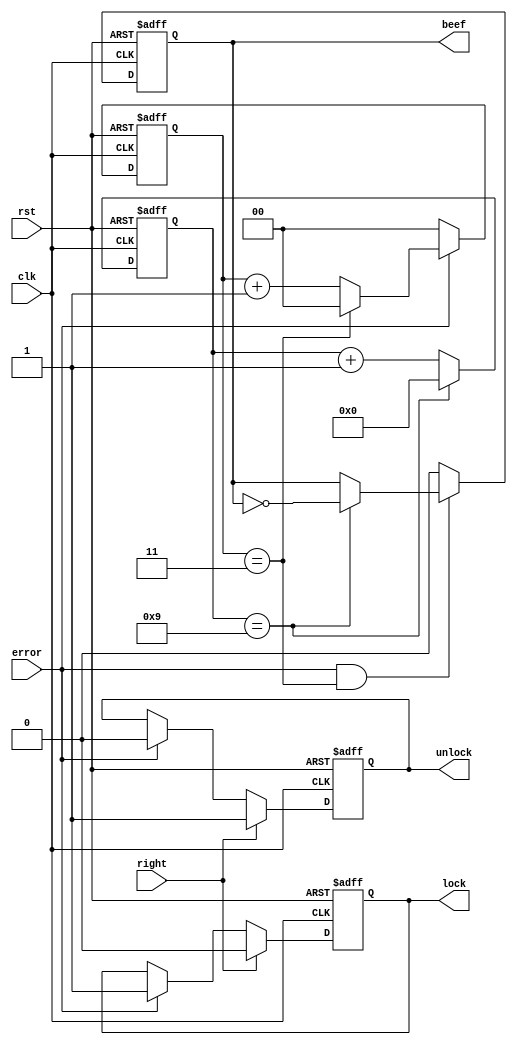
`timescale 1ns / 1ps
//////////////////////////////////////////////////////////////////////////////////
// Company: 
// Engineer: 
// 
// Design Name: 
// Module Name: dealPass
// Project Name: 
// Target Devices: 
// Tool Versions: 
// Description: 
// 
// Dependencies: 
// 
// Revision:
// Revision 0.01 - File Created
// Additional Comments:
// 
//////////////////////////////////////////////////////////////////////////////////


module dealPass(
    input clk,
    input rst,
    input error,
    input right,
    output reg lock,
    output reg unlock,
    output reg beef
    );
    reg [1:0]error_cnt;
    reg [3:0] beef_cnt;
   always @(posedge clk or negedge rst)
       begin
            if(!rst)
                  beef_cnt <= 4'd0;
            //else if(beef_cnt == 16'd49999)
            else if(beef_cnt == 9)
                  beef_cnt <= 4'd0;
             else
                   beef_cnt <= beef_cnt + 1'b1;
         end        
    always @(posedge clk or negedge rst)
        begin
            if(!rst)
                    error_cnt <= 2'b00;
            else
                begin
                     if(error)
                            begin
                                    error_cnt <= error_cnt +1;     
                                            if(error_cnt == 2'd3)
                                                             error_cnt <= 2'b00;
                            end
                    else
                            error_cnt <= 2'b00;
                  end  
        end
    always @(posedge clk or negedge rst)
        begin
            if(!rst)
                begin
                    lock <= 1'b0;
                    unlock <= 1'b0;
                end
            else 
                begin
                    if(right)
                        begin
                            unlock <= 1'b1;
                            lock <= 1'b0;
                        end
                    else if(error)
                        begin
                            unlock <= 1'b0;
                            lock <= 1'b1;
                        end
                 end
        end
       always @(posedge clk or negedge rst)
            begin
                if(!rst)
                    beef <= 1'b0;
                else if(error&&error_cnt == 2'd3)
                    begin
                        if(beef_cnt == 4'd9)
                            beef <= ~beef;
                        else
                            beef <= beef;
                    end
                else 
                    beef <= 0; 
            end
endmodule